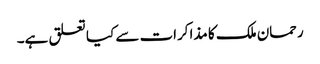
رحمان ملک کا مذاکرات سے کیا تعلق ہے۔